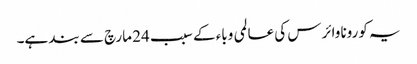
یہ کورونا وائرس کی عالمی وباء کے سبب 24 مارچ سے بند ہے۔